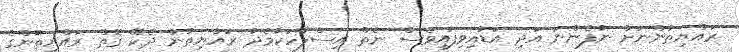
ރައްޔިތުންނަށް ނުފެންނަ އަދި އަޑުއިވިފައިވެސް ނެތް އިސްލާހަކާމެދު ރައްޔިތުން ދެކޭ ގޮތް ރައްޔިތުންގެ